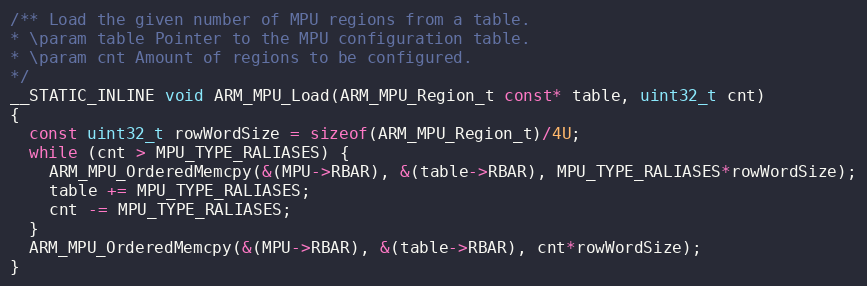
Language: C
/** Load the given number of MPU regions from a table.
* \param table Pointer to the MPU configuration table.
* \param cnt Amount of regions to be configured.
*/
__STATIC_INLINE void ARM_MPU_Load(ARM_MPU_Region_t const* table, uint32_t cnt)
{
  const uint32_t rowWordSize = sizeof(ARM_MPU_Region_t)/4U;
  while (cnt > MPU_TYPE_RALIASES) {
    ARM_MPU_OrderedMemcpy(&(MPU->RBAR), &(table->RBAR), MPU_TYPE_RALIASES*rowWordSize);
    table += MPU_TYPE_RALIASES;
    cnt -= MPU_TYPE_RALIASES;
  }
  ARM_MPU_OrderedMemcpy(&(MPU->RBAR), &(table->RBAR), cnt*rowWordSize);
}